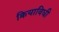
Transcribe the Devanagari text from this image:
क्रियाविधी